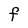
Character: F